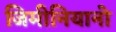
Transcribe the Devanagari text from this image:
जिमीनियानो